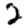
Digit: 2